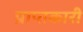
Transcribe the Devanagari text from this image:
प्राप्तकारी